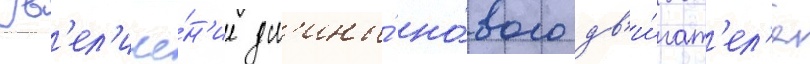
Ув'ел'иче́н'ие дл'ины́ но́вого дв'и́гат'ел'я